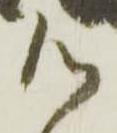
御